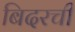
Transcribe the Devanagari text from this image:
बिदरची